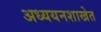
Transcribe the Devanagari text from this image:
अध्ययनशाखेत